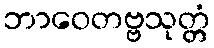
ဘာဝေတဗ္ဗသုတ္တံ